Code of medical and sanitary regulations for the guidance of medical officers serving in the Madras Presidency - Volume I
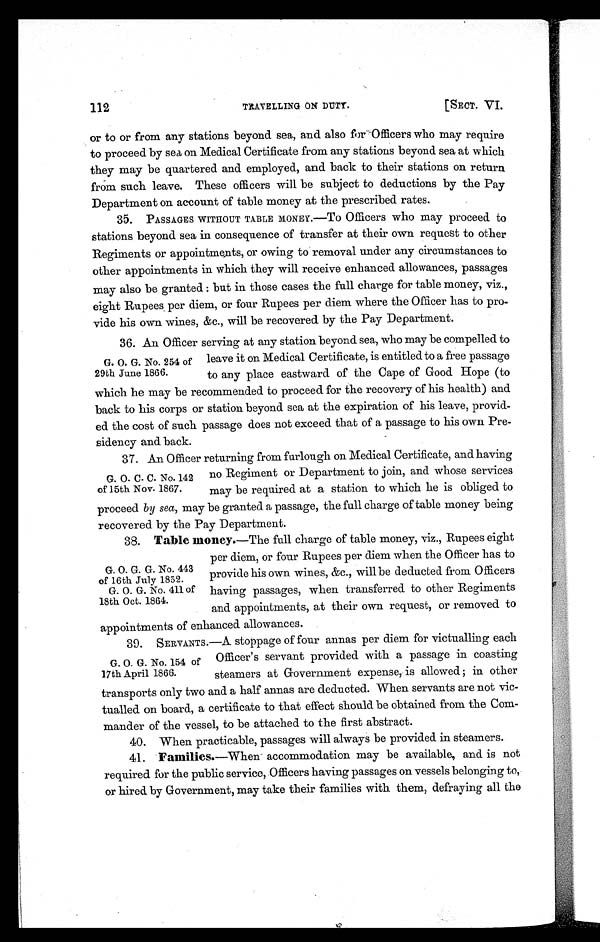
112
TRAVELLING ON DUTY.
[SECT VI.
or to or from any stations beyond sea, and also for Officers who may require
to proceed by sea on Medical Certificate from any stations beyond sea at which
they may be quartered and employed, and back to their stations on return
from such leave. These officers will be subject to deductions by the Pay
Department on account of table money at the prescribed rates.
35. PASSAGES WITHOUT TABLE MONEY.—To Officers who may proceed to
stations beyond sea in consequence of transfer at their own request to other
Regiments or appointments, or owing to removal under any circumstances to
other appointments in which they will receive enhanced allowances, passages
may also be granted: but in those cases the full charge for table money, viz.,
eight Rupees per diem, or four Rupees per diem where the Officer has to pro
-vide his own wines, &c., will be recovered by the Pay Department.
36. An Officer serving at any station beyond sea, who may be compelled to
G. O. G. No. 254 of leave it on Medical Certificate, is entitled to a free passage
29th June 1866. to any place eastward of the Cape of Good Hope (to
which he may be recommended to proceed for the recovery of his health) and
back to his corps or station beyond sea at the expiration of his leave, provid
-ed the cost of such passage does not exceed that of a passage to his own Pre
-sidency and back.
37. An Officer returning from furlough on Medical Certificate, and having
G. O. C. C. N0.142 no Regiment or Department to join, and whose services
of 15th Nov. 1867. may be required at a station to which he is obliged to
proceed by sea, may be granted a passage, the full charge of table money being
recovered by the Pay Department.
38.
Table money.—The full charge of table money, viz., Rupees eight
per diem, or four Rupees per diem when the Officer has to
G. O. G. G. No. 443
provide his own wines, &c., will be deducted from Officers
of 16th July 1852.
G. O. G. No. 411 of having passages, when transferred to other Regiments
18th Oct. 1864.
and appointments, at their own request, or removed to
appointments of enhanced allowances.
39. SERVANTS.—A stoppage of four annas per diem for victualling each
G. O. G. No. 154 of Officer's servant provided with a passage in coasting
17th April 1866. steamers at Government expense, is allowed ; in other
transports only two and a half annas are deducted. When servants are not vic
-tualled on board, a certificate to that effect should be obtained from the Com
-mander of the vessel, to be attached to the first abstract.
40. When practicable, passages will always be provided in steamers.
41.
Families.—When accommodation may be available, and is not
required for the public service, Officers having passages on vessels belonging to,
or hired by Government, may take their families with them, defraying all the